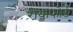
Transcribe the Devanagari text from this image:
रोकफोर्ड